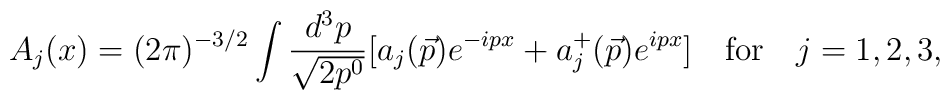
A_j(x)=(2 \pi)^{-3/2} \int \frac{d^3 p}{\sqrt{2 p^0}} [a_j(\vec{p})e^{-ipx} + a_j^+(\vec{p}) e^{ipx}] \quad  \mbox{for} \quad j=1,2,3,